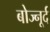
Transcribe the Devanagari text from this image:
बोज्नूर्द